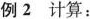
例2计算：